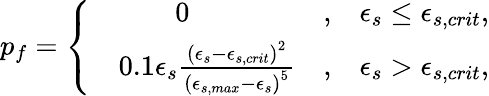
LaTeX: \begin{array}{r}{p_{f}=\left\{ \begin{array}{rlrl}&{~~~~~~~~0}&{,}&{\epsilon_{s}\le\epsilon_{s,crit},}\\ &{0.1\epsilon_{s}\frac{\left(\epsilon_{s}-\epsilon_{s,crit}\right)^{2}}{\left(\epsilon_{s,max}-\epsilon_{s}\right)^{5}}}&{,}&{\epsilon_{s}>\epsilon_{s,crit},}\end{array}\right.}\end{array}